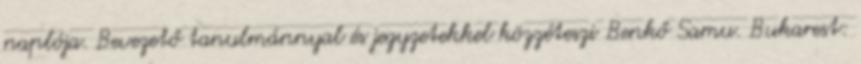
naplója. Bevezető tanulmánnyal és jegyzetekkel közzéteszi Benkő Samu. Bukarest: